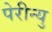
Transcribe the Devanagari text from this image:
पेरीन्यु